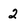
Character: 2